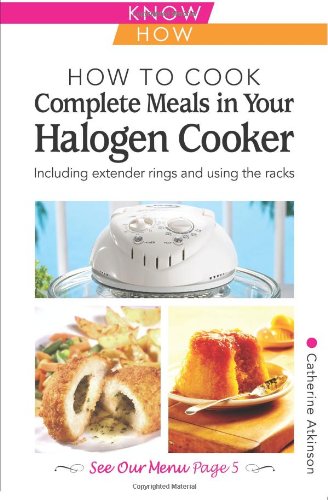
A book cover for How to Cook Complete Meals in Your Halogen Cooker, Home Econ (Home Economy); Catherine Atkinson; Cookbooks, Food & Wine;